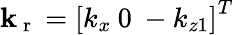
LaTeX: \mathbf{k}_{\mathrm{~r~}}=\left[k_{x}\: 0\: -k_{z1}\right]^{T}